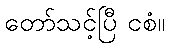
တော်သင့်ပြီ ငစံ။